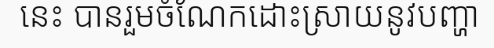
នេះ បានរួមចំណែកដោះស្រាយនូវបញ្ហា